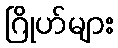
ဂြိုဟ်များ